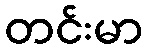
တင်းမာ